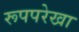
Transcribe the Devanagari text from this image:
रूपपरेखा